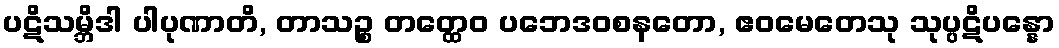
ပဋိသမ္ဘိဒါ ပါပုဏာတိ, တာသဉ္စ တတ္ထေဝ ပဘေဒဝစနတော, ဧဝမေတေသု သုပ္ပဋိပန္နော